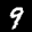
Label: 9